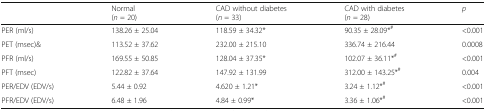
<table><thead><tr><td></td><td><b>Normal(<i>n</i> = 20)</b></td><td><b>CAD without diabetes(<i>n</i> = 33)</b></td><td><b>CAD with diabetes(<i>n</i> = 28)</b></td><td><b><i>p</i></b></td></tr></thead><tbody><tr><td>PER (ml/s)</td><td>138.26 ± 25.04</td><td>118.59 ± 34.32*</td><td>90.35 ± 28.09*<sup>#</sup></td><td>&lt;0.001</td></tr><tr><td>PET (msec)&amp;</td><td>113.52 ± 37.62</td><td>232.00 ± 215.10</td><td>336.74 ± 216.44</td><td>0.0008</td></tr><tr><td>PFR (ml/s)</td><td>169.55 ± 50.85</td><td>128.04 ± 37.35*</td><td>102.07 ± 36.11*<sup>#</sup></td><td>&lt;0.001</td></tr><tr><td>PFT (msec)</td><td>122.82 ± 37.64</td><td>147.92 ± 131.99</td><td>312.00 ± 143.25*<sup>#</sup></td><td>0.004</td></tr><tr><td>PER/EDV (EDV/s)</td><td>5.44 ± 0.92</td><td>4.620 ± 1.21*</td><td>3.24 ± 1.12*<sup>#</sup></td><td>&lt;0.001</td></tr><tr><td>PFR/EDV (EDV/s)</td><td>6.48 ± 1.96</td><td>4.84 ± 0.99*</td><td>3.36 ± 1.06*<sup>#</sup></td><td>&lt;0.001</td></tr></tbody></table>